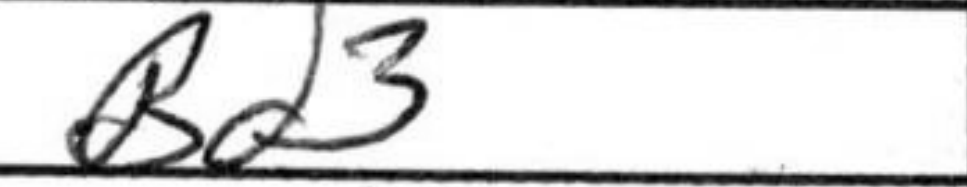
Transcription: Bd3